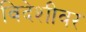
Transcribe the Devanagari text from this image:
विदेशीवर